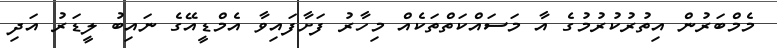
މެމްބަރުން އިތުރުކުރުމުގެ އާ މަސައްކަތްތަކެއް މިހާރު ފަށާފައިވާ އެމްޑީއޭގެ ނައިބު ލީޑަރު އަދި